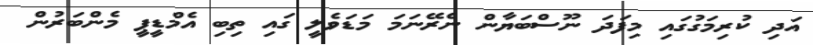
އަދި ކުރިމަގުގައި މިފަދަ ނޫސްބަޔާން ނެރޭނަމަ މަޑަވެލީ ގައި ތިބި އެމްޑީޕީ މެންބަރުން